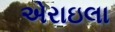
એરાઇલા